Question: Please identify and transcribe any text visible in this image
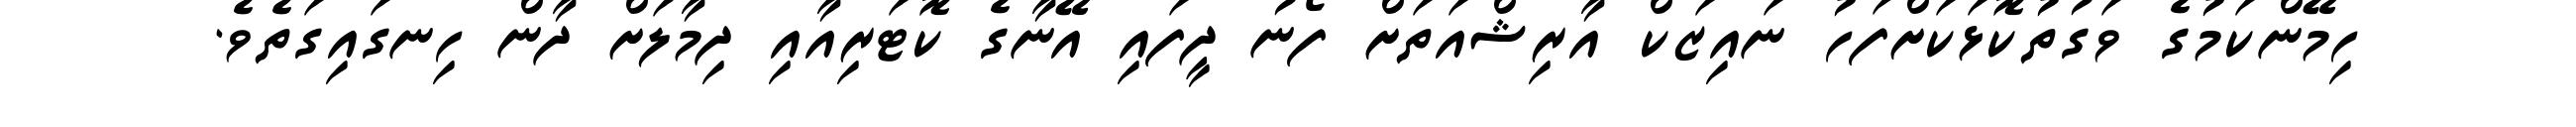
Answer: ހިމޭންކަމުގެ ވަގުތުކޮޅަކަށްފަހު ނައިޒަކް އާރިޝްއަތަށް ފޯނު ދީފައި އޭނާގެ ކޮޓަރިއާއި ދިމާލަށް ދާން ހިނގައިގަތެވެ.